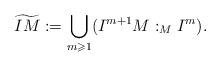
LaTeX: \begin{align*}\widetilde{I M} := \bigcup_{m \geqslant 1} (I^{m+1}M :_M I^m).\end{align*}